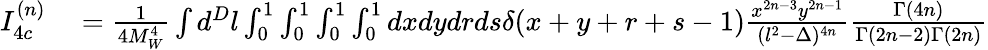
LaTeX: \begin{array}{rl}{I_{4c}^{(n)}}&{{}=\frac{1}{4M_{W}^{4}}\int d^{D}l\int_{0}^{1}\int_{0}^{1}\int_{0}^{1}\int_{0}^{1}dxdydrds\delta(x+y+r+s-1)\frac{x^{2n-3}y^{2n-1}}{(l^{2}-\Delta)^{4n}}\frac{\Gamma(4n)}{\Gamma(2n-2)\Gamma(2n)}}\end{array}